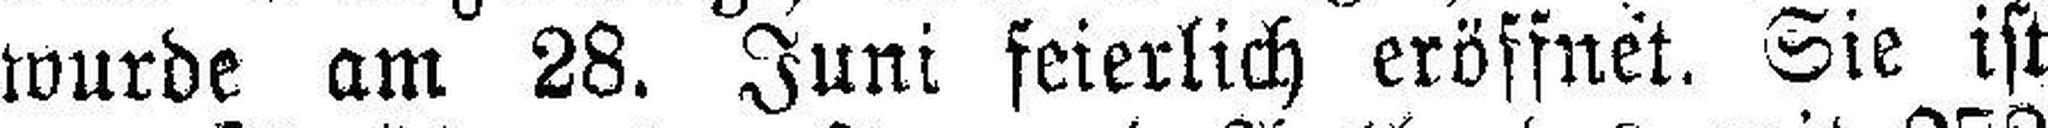
wurde am 28. Juni feierlich eröffnet. Sie ist